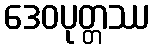
ဒေဝပုတ္တဿ